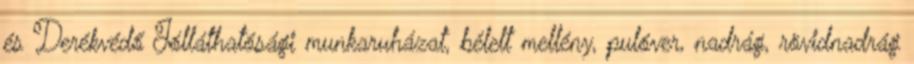
és Derékvédő Jólláthatósági munkaruházat, bélelt mellény, pulóver, nadrág, rövidnadrág